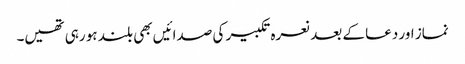
نماز اور دعا کے بعد نعرہ تکبیر کی صدائیں بھی بلند ہو رہی تھیں۔